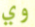
وي